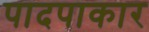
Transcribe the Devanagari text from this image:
पादपाकार